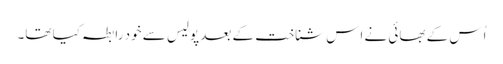
اُس کے بھائی نے اِس شناخت کے بعد پولیس سے خود رابطہ کیا تھا۔